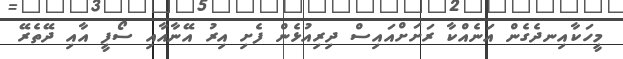
މީހަކާއިނދެގެން އަނެއްކާ ރަށަށްއައިސް ދިރިއުޅެން ފެށި އިރު އޭނާއާއި ސޯފީ އާއި ދޭތެރޭ